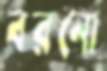
বরনো